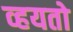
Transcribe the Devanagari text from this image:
व्हयतो